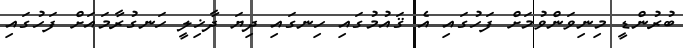
ބުރުންޑީ މިނިވަންވުމަށް ފަހުގައި އެ ޤައުމުގައި ހިނގައި ދިޔަ ދާޚިލީ ހަނގުރާމައަށް ފަހުގައި